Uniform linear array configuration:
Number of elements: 4
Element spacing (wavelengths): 0.5
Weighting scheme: cosine
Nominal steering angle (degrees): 60
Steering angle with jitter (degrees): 61.403
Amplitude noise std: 0.05
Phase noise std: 0.05

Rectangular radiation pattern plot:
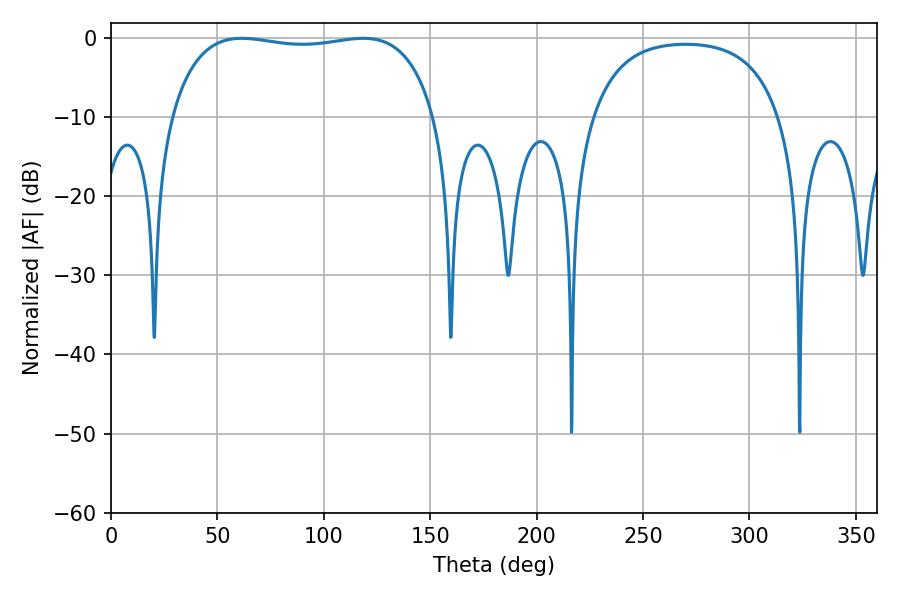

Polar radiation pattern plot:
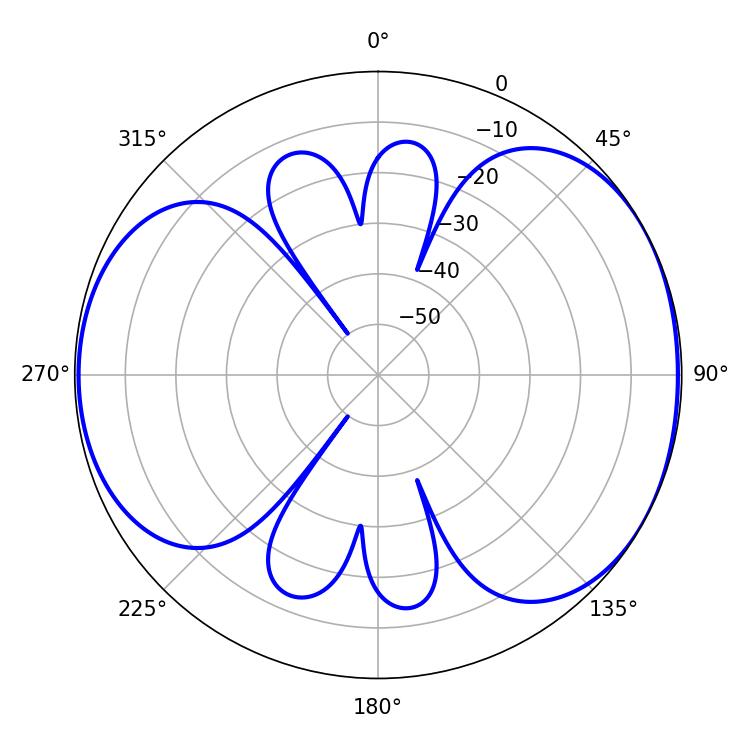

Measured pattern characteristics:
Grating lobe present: FALSE
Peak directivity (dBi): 5.233
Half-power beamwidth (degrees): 100.08
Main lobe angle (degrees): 61.38